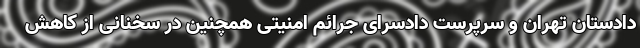
دادستان تهران و سرپرست دادسرای جرائم امنیتی همچنین در سخنانی از کاهش